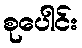
စုပေါင်း